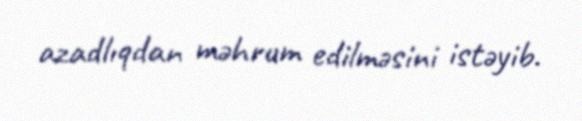
azadlıqdan məhrum edilməsini istəyib.